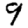
Digit: 9